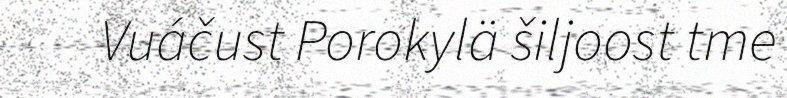
Vuáčust Porokylä šiljoost tme